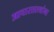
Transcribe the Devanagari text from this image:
आचारतत्त्वांना